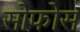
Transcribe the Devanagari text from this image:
सोफोस